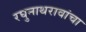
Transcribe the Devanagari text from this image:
रघुनाथरावांचा